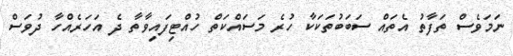
ނަމަވެސް ތަފާތު އެތައް ސަބަބުތަކަކާ ހުރެ މަސައްކަތް ހުއްޓިފައިވާތާ ދެ އަހަރެއްހާ ދުވަސް